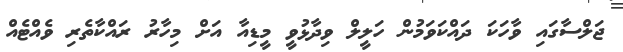
ޖަލްސާގައި ވާހަކަ ދައްކަވަމުން ހަލީލް ވިދާޅުވީ މީޑިއާ އަށް މިހާރު ރައްކާތެރި ވެއްޓެއް